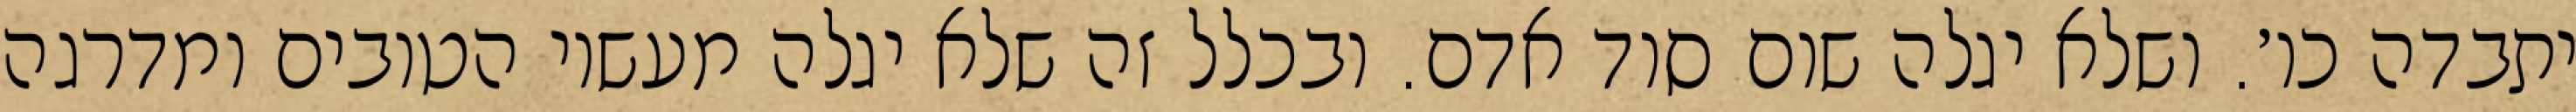
יתבדה כו׳. ושלא יגלה שום סוד אדם. ובכלל זה שלא יגלה מעשיו הטובים ומדרגה